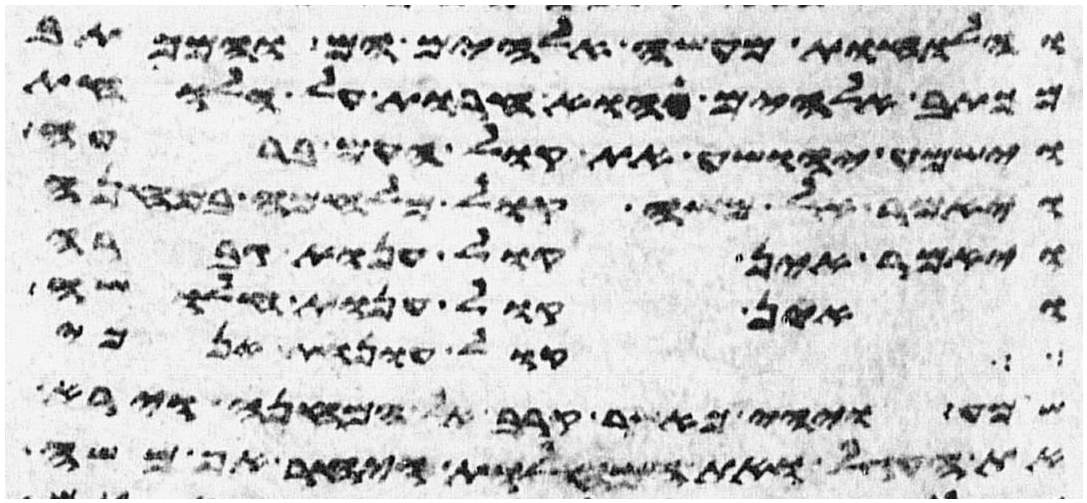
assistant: והלוחות מעשה אלהים הם והמכתב
מכתב אלהים הוא חרות על הלוחות
וישמע יהושע את קול העם ברעה
ויאמר אל משה קול מלחמה במחנה
ויאמר אין קול ענות גברה
ואין קול ענות חלושה
קול עונות אנכי
שמע ויהי כאשר קרב אל המחנה וירא
את העגל ואת המחלות ויחר אף משה